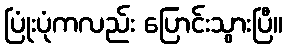
ပြုံးပုံကလည်း ပြောင်းသွားပြီ။